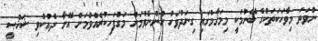
ނުވަތަ މިވާހަކަތަކުގެ ބޭނުމަކީ މިމަޤާމުގައި ގިނަދުވަހު ހުންނެވުމަށް މަގުފަހިކުރެއްވުމަށް އޭނާ ދެއްކެވި ޝަޚްޞީ